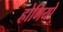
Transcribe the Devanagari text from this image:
होमियो